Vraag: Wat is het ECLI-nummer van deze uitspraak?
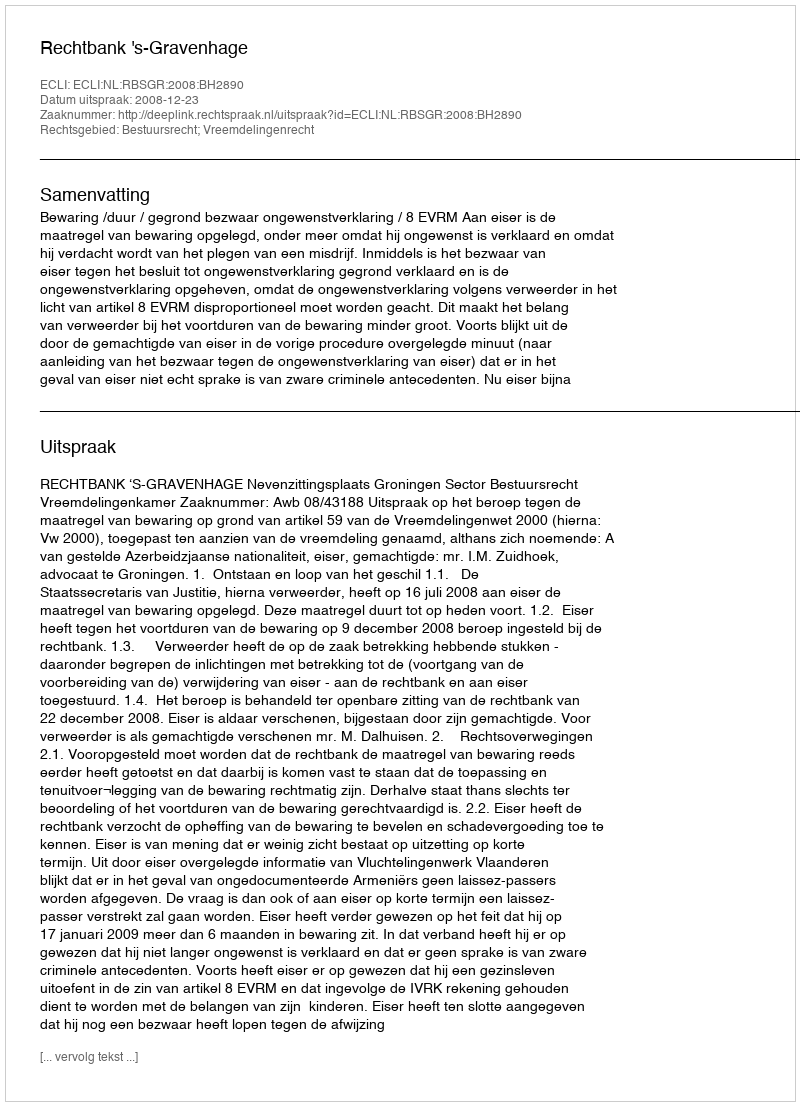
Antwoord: ECLI:NL:RBSGR:2008:BH2890